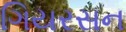
ગિયરસન